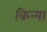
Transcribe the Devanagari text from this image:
किन्या